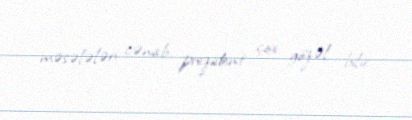
məsələləri cənab prezident çox gözəl bilir.